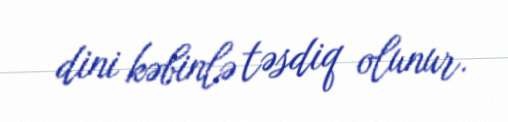
dini kəbinlə təsdiq olunur.